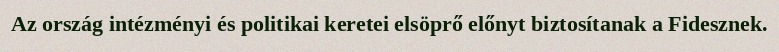
Az ország intézményi és politikai keretei elsöprő előnyt biztosítanak a Fidesznek.